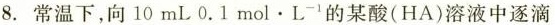
8.常温下，向10mL0.1mol\cdot L^{-1}的某酸(HA)溶液中逐滴